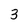
Character: 3